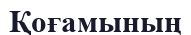
Қоғамының